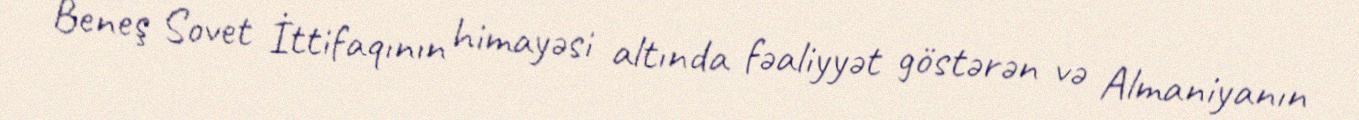
Beneş Sovet İttifaqının himayəsi altında fəaliyyət göstərən və Almaniyanın